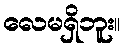
လေမရှိဘူး။